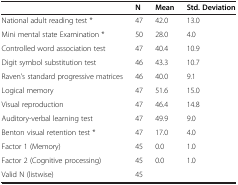
<table><thead><tr><td><b> </b></td><td><b>N</b></td><td><b>Mean</b></td><td><b>Std. Deviation</b></td></tr></thead><tbody><tr><td>National adult reading test *</td><td>47</td><td>42.0</td><td>13.0</td></tr><tr><td>Mini mental state Examination *</td><td>50</td><td>28.0</td><td>4.0</td></tr><tr><td>Controlled word association test</td><td>47</td><td>40.4</td><td>10.9</td></tr><tr><td>Digit symbol substitution test</td><td>46</td><td>43.3</td><td>10.7</td></tr><tr><td>Raven’s standard progressive matrices</td><td>46</td><td>40.0</td><td>9.1</td></tr><tr><td>Logical memory</td><td>47</td><td>51.6</td><td>15.0</td></tr><tr><td>Visual reproduction</td><td>47</td><td>46.4</td><td>14.8</td></tr><tr><td>Auditory-verbal learning test</td><td>47</td><td>49.9</td><td>9.0</td></tr><tr><td>Benton visual retention test *</td><td>47</td><td>17.0</td><td>4.0</td></tr><tr><td>Factor 1 (Memory)</td><td>45</td><td>0.0</td><td>1.0</td></tr><tr><td>Factor 2 (Cognitive processing)</td><td>45</td><td>0.0</td><td>1.0</td></tr><tr><td>Valid N (listwise)</td><td>45</td><td> </td><td> </td></tr></tbody></table>